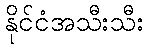
နိုင်ငံအသီးသီး